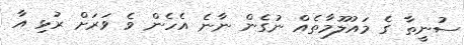
ސުނީތާ ގެ މައުލޫމާތެއް ނުގެން ނާނެ އެހެން ވެ ވަރަށް ރުޅި އާ